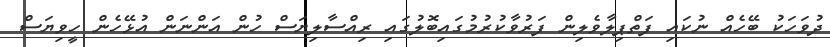
ދުވަހަކު ބޭހެއް ނުކައި ފަތްޕިލާވެލިން ފަރުވާކުރުމުގައިބޮލުގައި ރިއްސާލިޔަސް ހުން އަންނަން އުޅޭހެން ހީވިޔަސް